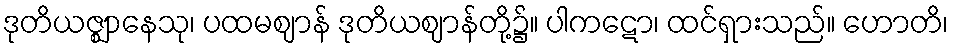
ဒုတိယဇ္ဈာနေသု၊ ပထမဈာန် ဒုတိယဈာန်တို့၌။ ပါကဋော၊ ထင်ရှားသည်။ ဟောတိ၊